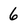
Character: 6